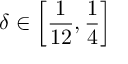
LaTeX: \delta \in \left[ \frac { 1 } { 1 2 } , \frac { 1 } { 4 } \right]